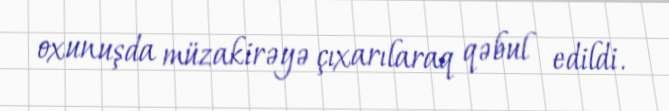
oxunuşda müzakirəyə çıxarılaraq qəbul edildi.